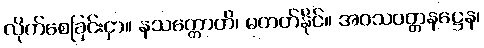
လိုက်စေခြင်းငှာ။ နသက္ကောတိ၊ မတတ်နိုင်။ အဝသဝတ္တနဋ္ဌေန၊